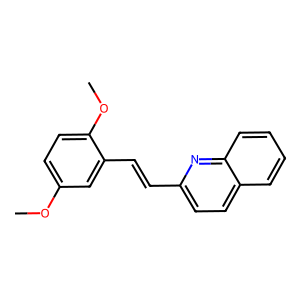
SMILES: COc1ccc(OC)c(C=Cc2ccc3ccccc3n2)c1
Inhibits HIV replication: No